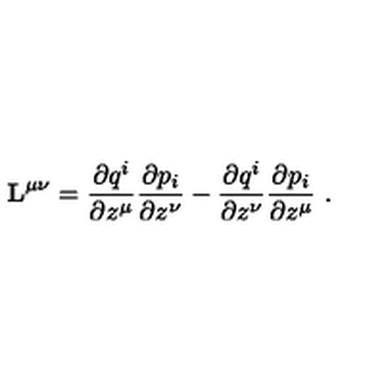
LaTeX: { \bf L } ^ { \mu \nu } = \frac { \partial q ^ { i } } { \partial z ^ { \mu } } \frac { \partial p _ { i } } { \partial z ^ { \nu } } - \frac { \partial q ^ { i } } { \partial z ^ { \nu } } \frac { \partial p _ { i } } { \partial z ^ { \mu } } \ .